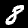
Digit: 8